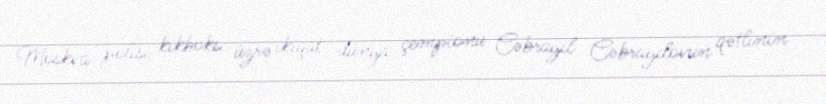
Moskva polisi kikboks üzrə ikiqat dünya çempionu Cəbrayıl Cəbrayılovun qətlinin